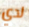
لدي